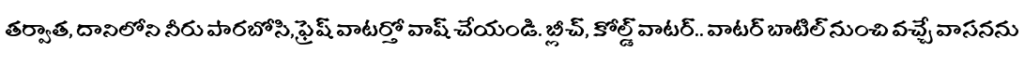
తర్వాత, దానిలోని నీరు పారబోసి, ఫ్రెష్ వాటర్తో వాష్ చేయండి. బ్లీచ్, కోల్డ్ వాటర్.. వాటర్ బాటిల్ నుంచి వచ్చే వాసనను